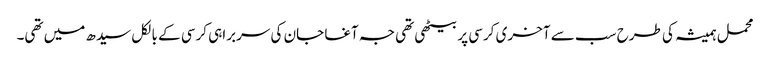
محمل ہمیشہ کی طرح سب سے آخری کرسی پر بیٹھی تھی جہ آغا جان کی سربراہی کرسی کے بالکل سیدھ میں تھی۔